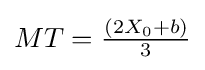
MT={\tfrac {\left(2X_{0}+b\right)}{3}}